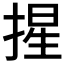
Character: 𭡦